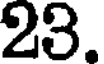
23.